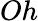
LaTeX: Oh